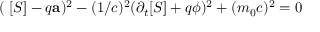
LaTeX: ( \mathbf { \nabla } [ S ] - q \mathbf { a } ) ^ { 2 } - ( 1 / c ) ^ { 2 } ( \partial _ { t } [ S ] + q \phi ) ^ { 2 } + ( m _ { 0 } c ) ^ { 2 } = 0